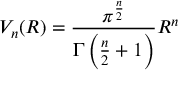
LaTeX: V _ { n } ( R ) = { \frac { \pi ^ { \frac { n } { 2 } } } { \Gamma \left( { \frac { n } { 2 } } + 1 \right) } } R ^ { n }